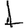
Digit: 1